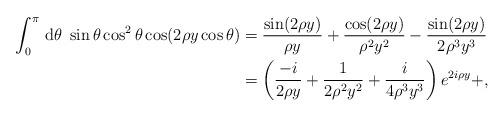
LaTeX: \begin{align*}\int_0^{\pi} \, \mathrm{d}\theta \; \sin \theta \cos^2\theta \cos(2\rho y \cos\theta) &= \frac{\sin(2 \rho y)}{\rho y} + \frac{\cos(2 \rho y)}{\rho^2 y^2} - \frac{\sin(2\rho y)}{2 \rho^3 y^3} \\&= \left(\frac{-i}{2 \rho y} + \frac{1}{2 \rho^2 y^2} + \frac{i}{4 \rho^3 y^3} \right) e^{2 i \rho y } + ,\end{align*}